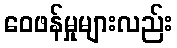
ဝေဖန်မှုများလည်း